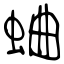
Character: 蛐